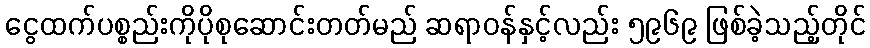
ငွေထက်ပစ္စည်းကိုပိုစုဆောင်းတတ်မည် ဆရာဝန်နှင့်လည်း ၅၉၆၉ ဖြစ်ခဲ့သည့်တိုင်